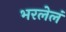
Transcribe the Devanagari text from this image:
भरलेलं